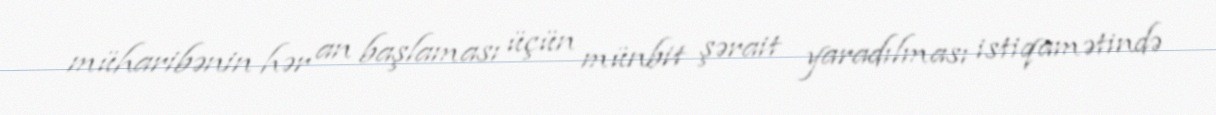
müharibənin hər an başlaması üçün münbit şərait yaradılması istiqamətində